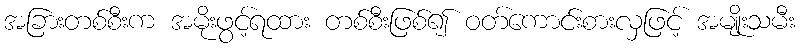
အခြားတစ်စီးက အမိုးဖွင့်ရထား တစ်စီးဖြစ်၍ ဝတ်ကောင်းစားလှဖြင့် အမျိုးသမီး